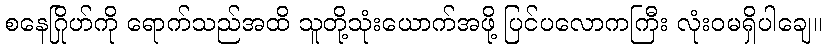
စနေဂြိုဟ်ကို ရောက်သည်အထိ သူတို့သုံးယောက်အဖို့ ပြင်ပလောကကြီး လုံးဝမရှိပါချေ။